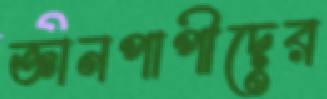
জ্ঞানপাপীদের